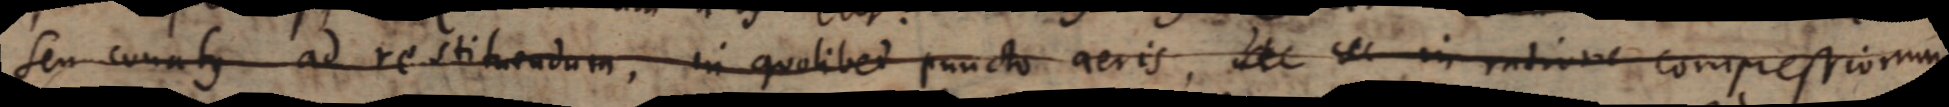
seu conatus ad restituendum, in quolibet puncto aeris ut in ratione compressionum